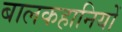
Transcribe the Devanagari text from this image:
बालकहानियों